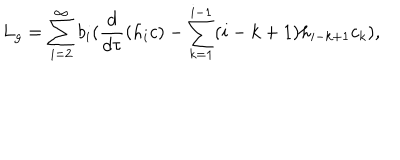
L _ { g } = \sum _ { i = 2 } ^ { \infty } b _ { i } ( \frac { d } { d \tau } ( h _ { i } c ) - \sum _ { k = 1 } ^ { i - 1 } ( i - k + 1 ) h _ { i - k + 1 } c _ { k } ) ,